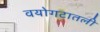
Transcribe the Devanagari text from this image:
वयोगटातली